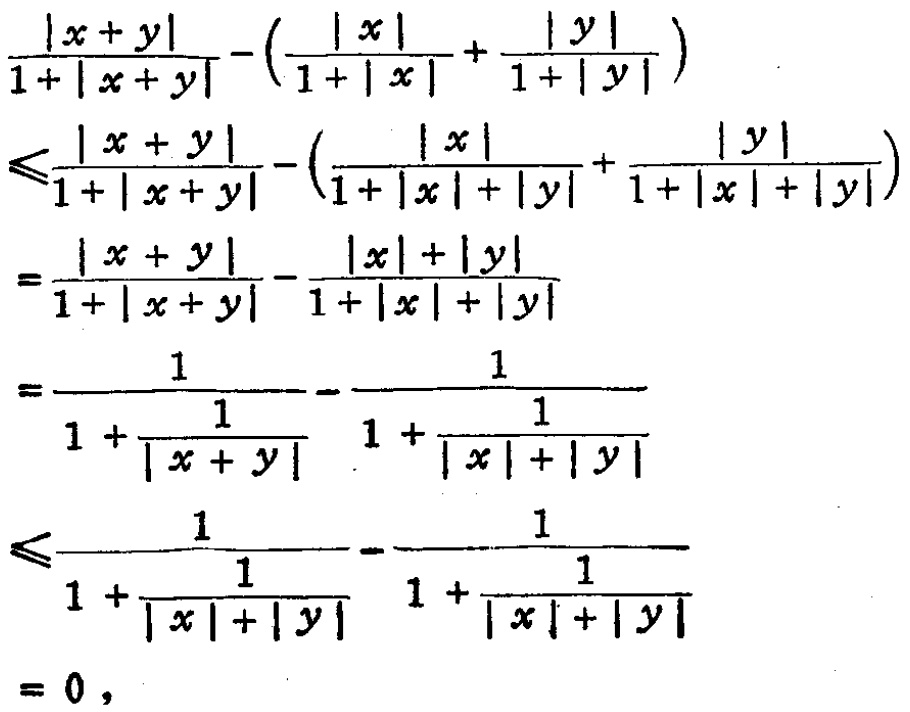
\[\begin{align*}
&\frac{|x + y|}{1+|x + y|}-\left(\frac{|x|}{1+|x|}+\frac{|y|}{1+|y|}\right)\\
\leqslant&\frac{|x + y|}{1+|x + y|}-\left(\frac{|x|}{1+|x|+|y|}+\frac{|y|}{1+|x|+|y|}\right)\\
=&\frac{|x + y|}{1+|x + y|}-\frac{|x|+|y|}{1+|x|+|y|}\\
=&\frac{1}{1 + \frac{1}{|x + y|}}-\frac{1}{1 + \frac{1}{|x|+|y|}}\\
\leqslant&\frac{1}{1 + \frac{1}{|x|+|y|}}-\frac{1}{1 + \frac{1}{|x|+|y|}}\\
=&0,
\end{align*}\]